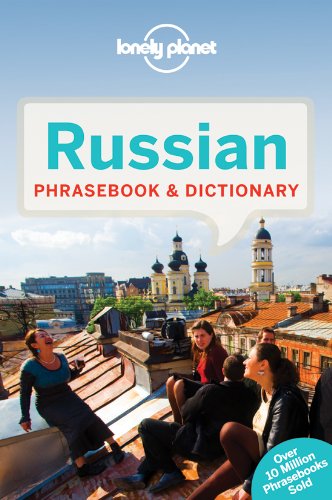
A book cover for Lonely Planet Russian Phrasebook & Dictionary (Lonely Planet Phrasebook: Russian); Lonely Planet; Travel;